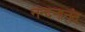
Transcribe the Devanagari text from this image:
नन्दनानंद